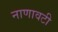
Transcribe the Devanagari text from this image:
नाणावटी